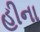
હીના